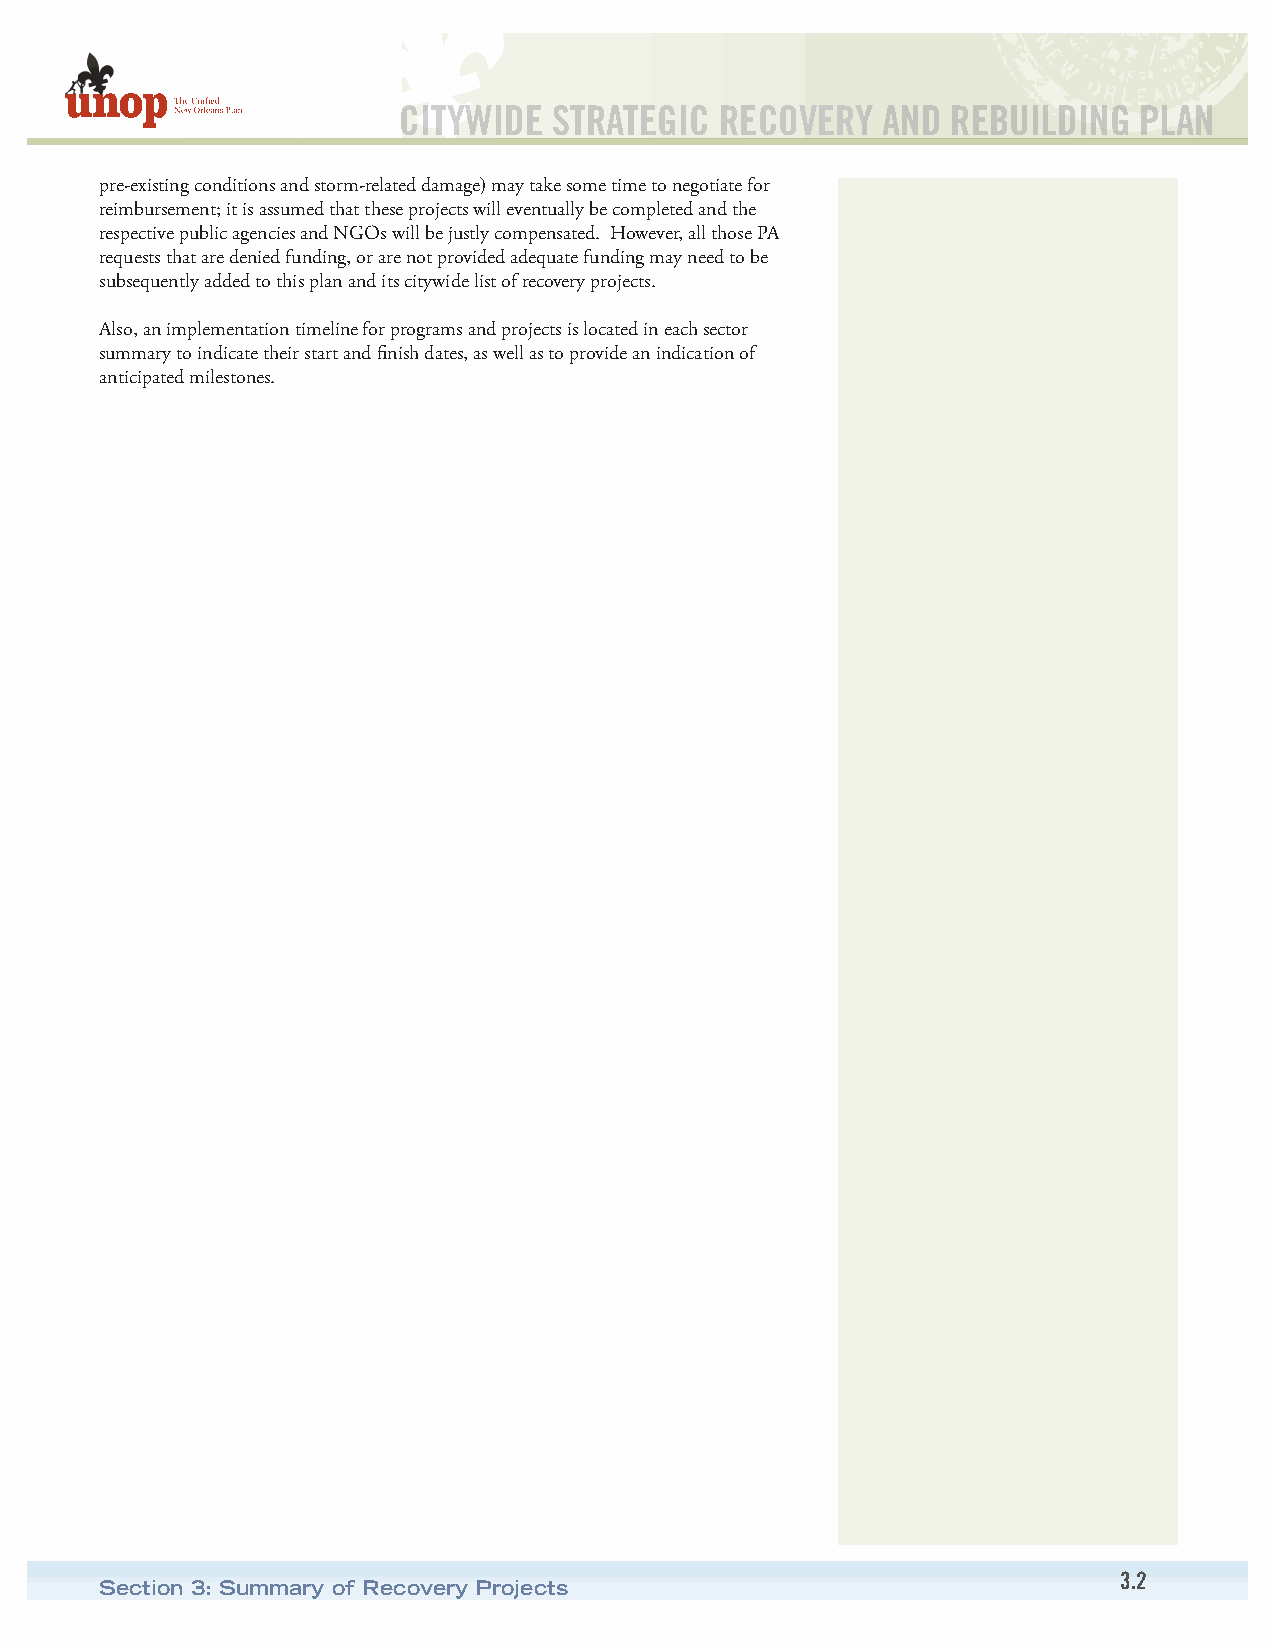
CITYWIDE   STRATEGIC  RECOVERY  AND  REBUILDING  PLAN
 pre-existing conditions and storm-related damage) may take some time to negotiate for
 reimbursement; it is assumed that these projects will eventually be completed and the
 respective public agencies and NGOs will be justly compensated. However, all those PA
 requests that are denied funding, or are not provided adequate funding may need to be
 subsequently added to this plan and its citywide list of recovery projects.
 Also, an implementation timeline for programs and projects is located in each sector
 summary to indicate their start and finish dates, as well as to provide an indication of
 anticipated milestones.
 3.2
 Section 3: Summary of Recovery Projects